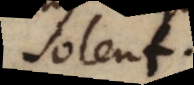
solent.